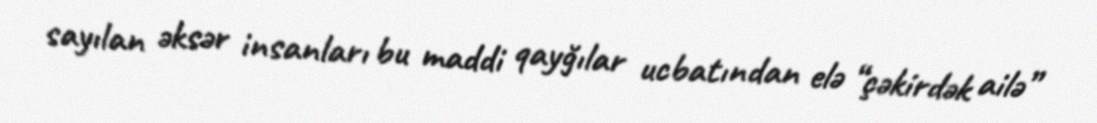
sayılan əksər insanları bu maddi qayğılar ucbatından elə “çəkirdək ailə”